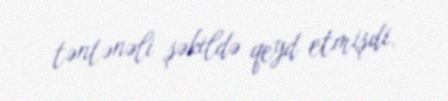
təntənəli şəkildə qeyd etmişdi.